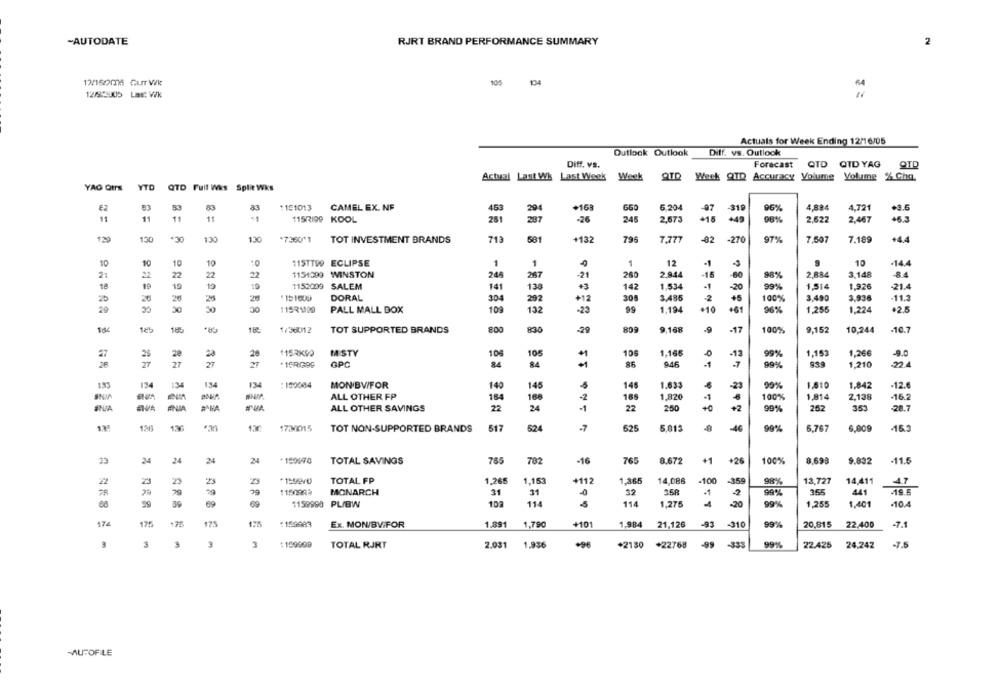
-AUTODATE
RJRT BRAND PERFORMANCE SUMMARY
2
12/160ms GUT Vik
105
1034
12/2005 LBs: Wik
Actuals for Week Ending 12/16/05
Outlook Outlook
Diff. vs. Outlook
Diff. vs.
Forecast
QTD QTD YAG
QTD
Actual Last Wk Last Week Week QTD Week QTD Accuracy Volume Volume % Cha.
YAO Qtrs
YTD
QTD Full Wis Split Wks
53
83
1191013
CAMEL EX. NF
453
294
+163
660
6.204
-319
96%
4,884
4,721
-97
11
11
11
-1
115RI99 KOOL
261
287
-26
245
2,673
+15 +49
96%
2,622
2,467
+6.3
129
130
*30
130
130
*7360"1
TOT INVESTMENT BRANDS
713
581
+132
796
7,777
-02
-270
97%
7.507
7.189
+44
10
10
10
115TT99 ECLIPSE
1
1
1
12
-1
-3
10
-14.4
10
2:
22
22
22
22
1151399 WINSTON
248
267
260
2.944
-15
-60
98%
2,884
3,148
84
19
18
19
1152099 SALEM
138
142
1.534
-1
-20
99%
1,514
1,926
-21.4
26
1151600
DORAL
304
12
308
3.486
2
+5
100%
3,490
3,936
-11.3
292
30
30
20
PALL MALL DOX
10€
132
23
99
1.194
+61
96%
1,255
1.224
+2.5
184
185
1/36012
TOT SUPPORTED BRANDS
800
830
-29
9,168
-17
100%
9,152
10,244
-10.7
27
20
1153KGQ
MISTY
105
105
106
1,166
99%
1,153
1,266
-9.0
28
-12
26
27
27
27
27
.15RG99
GPC
84
84
86
946
-1
7
99%
1,210
183
134
134
134
: 182084
MON BWFOR
140
145
145
1.633
95%
1.610
1,842
-12.6
ALL OTHER FP
164
-
166
166
1,820
100%
1,814
2.138
ALL OTHER SAVINGS
22
24
22
250
+C
+2
99%
262
35
-28.7
17
120
17.30015
TOT NON-SUPPORTED BRANDS
517
524
-7
625
5.012
-46
99%
6,767
6,609
23
24
24
24
24
. 159970
TOTAL SAVINGS
765
782
-1
765
8.672
+1
+26
100%
8,698
9.832
:- 11.6
22
23
23
2
TOTAL FP
1.265
1,153
+112
1.365
14,086
-100
-359
98%
13,727
14,411
4.7
79
1150983
MONARCH
31
31
32
441
78
.1
-2
165
ARS
69
69
1159998 PL/BW
10F
114
114
1.275
20
99%
1,255
1.401
¥10.4
%66
174
175
175
:1,99983
Ex. MON/BV FOR
1.891
1,790
+101
1.984
21.126
-93
-310
20,815
22.400
-7.1
3
3
3
2
TOTAL RJRT
2.031
1.936
+96
+2130
+22768
-99
-333
99%
22.425
24,242
-7.5
MUFOFLE